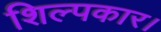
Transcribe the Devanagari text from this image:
शिल्पकार।